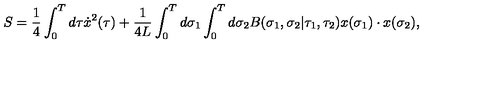
S = { \frac { 1 } { 4 } } \int _ { 0 } ^ { T } d \tau \dot { x } ^ { 2 } ( \tau ) + { \frac { 1 } { 4 L } } \int _ { 0 } ^ { T } d \sigma _ { 1 } \int _ { 0 } ^ { T } d \sigma _ { 2 } B ( \sigma _ { 1 } , \sigma _ { 2 } | \tau _ { 1 } , \tau _ { 2 } ) x ( \sigma _ { 1 } ) \cdot x ( \sigma _ { 2 } ) ,